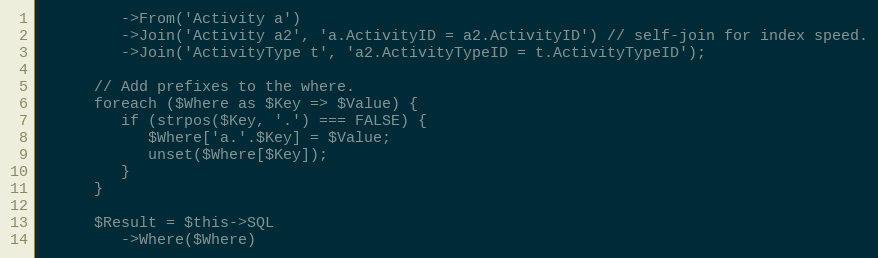
Language: PHP
         ->From('Activity a')
         ->Join('Activity a2', 'a.ActivityID = a2.ActivityID') // self-join for index speed.
         ->Join('ActivityType t', 'a2.ActivityTypeID = t.ActivityTypeID');

      // Add prefixes to the where.
      foreach ($Where as $Key => $Value) {
         if (strpos($Key, '.') === FALSE) {
            $Where['a.'.$Key] = $Value;
            unset($Where[$Key]);
         }
      }

      $Result = $this->SQL
         ->Where($Where)